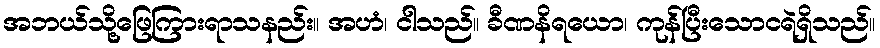
အဘယ်သို့ဖြေကြားရာသနည်း။ အဟံ၊ ငါသည်။ ခီဏနိရယော၊ ကုန်ပြီးသောငရဲရှိသည်။